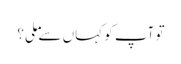
تو آپ کو کہاں سے ملی؟